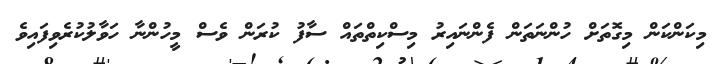
މިކަންކަން މިގޮތަށް ހުންނަތަން ފެންނައިރު މިސްކިތްތައް ސާފު ކުރަން ވެސް މީހުންނާ ހަވާލުކުރެވިފައިވެ